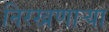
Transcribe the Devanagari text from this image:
निरखणाऱ्या